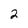
Character: 2